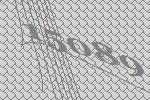
15089